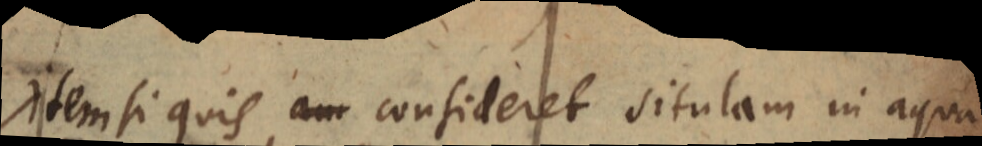
item si quis am consideret situlam in aqua